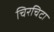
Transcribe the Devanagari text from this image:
चिरचिटा